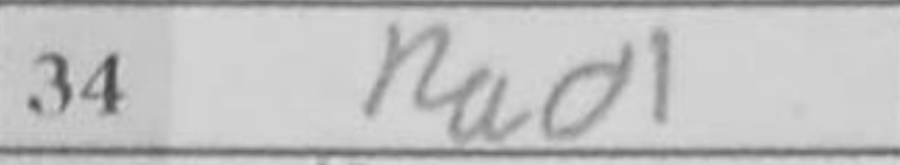
Transcription: Rad1